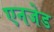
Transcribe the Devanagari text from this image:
एनजेड